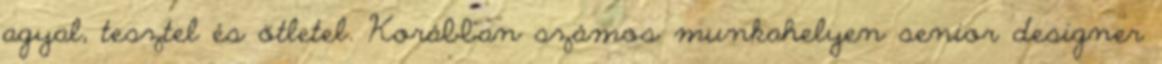
agyal, tesztel és ötletel. Korábban számos munkahelyen senior designer